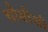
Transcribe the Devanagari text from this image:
चौथीची